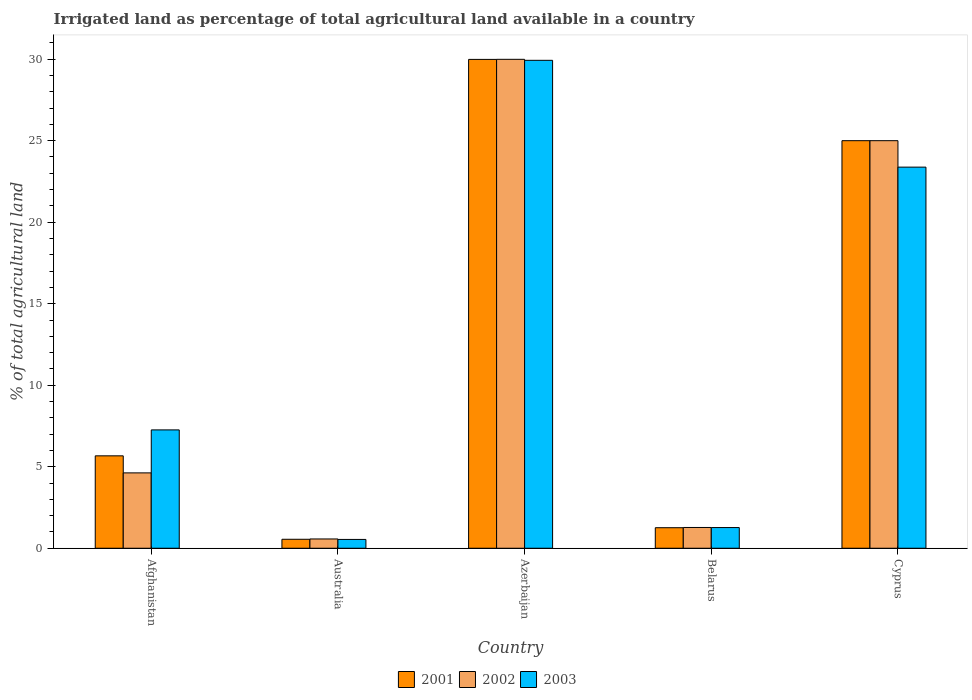
| Country | 2001 | 2002 | 2003 |
 | --- | --- | --- | --- |
 | Afghanistan | 5.67 | 4.62 | 7.26 |
 | Australia | 0.55 | 0.569 | 0.541 |
 | Azerbaijan | 30 | 30 | 29.9 |
 | Belarus | 1.26 | 1.27 | 1.27 |
 | Cyprus | 25 | 25 | 23.4 |